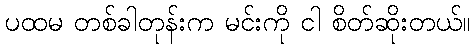
ပထမ တစ်ခါတုန်းက မင်းကို ငါ စိတ်ဆိုးတယ်။